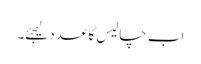
اب چالیس کا عدد لیجئے۔